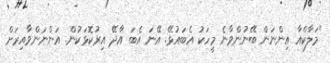
"މަލާކްއާ އިންނަން ބޭނުންވާނެ މީހަކު އެބައުޅޭ. އޭނަ އެބަ އާދޭ އިރުކޮޅަކުން. އަންނަންވާއިރަށް